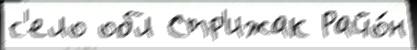
с'ело обл Стр'ижак Райо́н